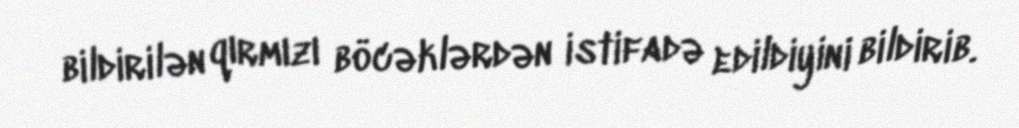
bildirilən qırmızı böcəklərdən istifadə edildiyini bildirib.